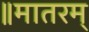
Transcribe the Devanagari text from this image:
॥मातरम्